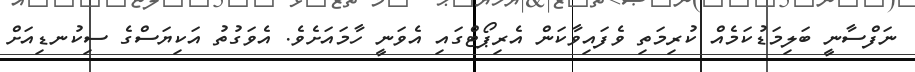
ނަފްސާނީ ބަލިމަޑުކަމެއް ކުރިމަތި ވެފައިވާކަން އެރިޕޯޓްގައި އެވަނީ ހާމައަށެވެ. އެވަގުތު އަކިޔަސްގެ ސިކުނޑިއަށް